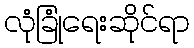
လုံခြုံရေးဆိုင်ရာ